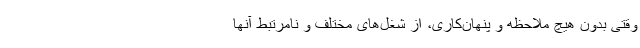
وقتی بدون هیچ ملاحظه و پنهان‌کاری، از شغل‌های مختلف و نامرتبط آنها